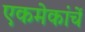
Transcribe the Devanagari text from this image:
एकमेकांचें